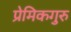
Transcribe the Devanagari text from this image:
प्रेमिकगुरु